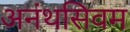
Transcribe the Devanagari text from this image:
अनंथसिवम